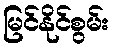
မြင်နိုင်စွမ်း